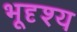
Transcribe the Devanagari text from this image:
भूदृश्‍य